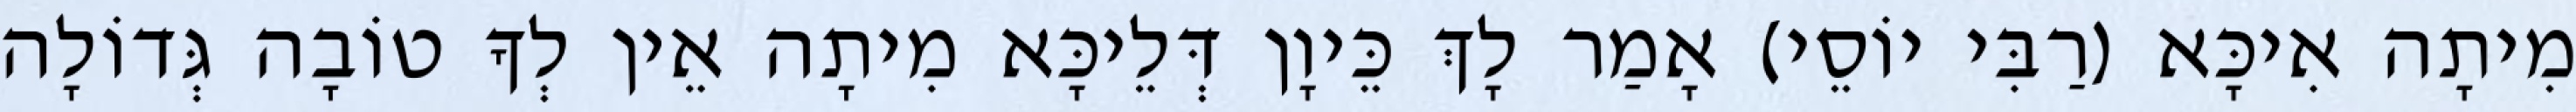
מִיתָה אִיכָּא (רַבִּי יוֹסֵי) אָמַר לָךְ כֵּיוָן דְּלֵיכָּא מִיתָה אֵין לְךָ טוֹבָה גְּדוֹלָה